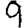
Digit: 9